Vaccination in Bombay 1863-1868 - 1863-1868
Year: 1863
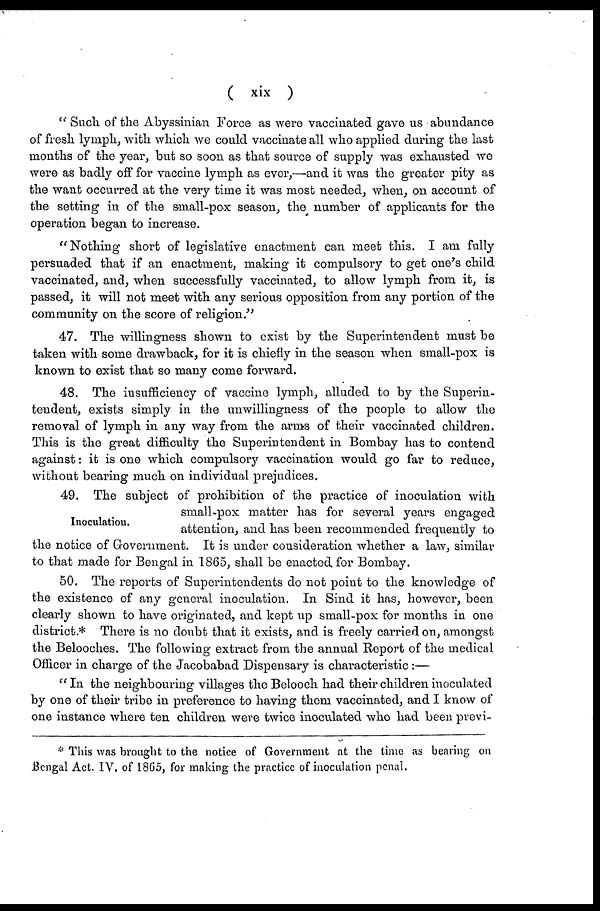
( xix )
" Such of the Abyssinian Force as were vaccinated gave us abundance
of fresh lymph, with which we could vaccinate all who applied during the last
months of the year, but so soon as that source of supply was exhausted we
were as badly off for vaccine lymph as ever,—and it was the greater pity as
the want occurred at the very time it was most needed, when, on account of
the setting in of the small-pox season, the number of applicants for the
operation began to increase.
" Nothing short of legislative enactment can meet this. I am fully
persuaded that if an enactment, making it compulsory to get one's child
vaccinated, and, when successfully vaccinated, to allow lymph from it, is
passed, it will not meet with any serious opposition from any portion of the
community on the score of religion."
47. The willingness shown to exist by the Superintendent must be
taken with some drawback, for it is chiefly in the season when small-pox is
known to exist that so many come forward.
48. The insufficiency of vaccine lymph, alluded to by the Superin-
tendent, exists simply in the unwillingness of the people to allow the
removal of lymph in any way from the arms of their vaccinated children.
This is the great difficulty the Superintendent in Bombay has to contend
against: it is one which compulsory vaccination would go far to reduce,
without bearing much on individual prejudices.
Inoculation.
49. The subject of prohibition of the practice of inoculation with
small-pox matter has for several years engaged
attention, and has been recommended frequently to
the notice of Government. It is under consideration whether a law, similar
to that made for Bengal in 1865, shall be enacted for Bombay.
50. The reports of Superintendents do not point to the knowledge of
the existence of any general inoculation. In Sind it has, however, been
clearly shown to have originated, and kept up small-pox for months in one
district.* There is no doubt that it exists, and is freely carried on, amongst
the Belooches. The following extract from the annual Report of the medical
Officer in charge of the Jacobabad Dispensary is characteristic :—
" In the neighbouring villages the Belooch had their children inoculated
by one of their tribe in preference to having them vaccinated, and I know of
one instance where ten children were twice inoculated who had been previ¬
* This was brought to the notice of Government at the time as bearing on
Bengal Act. IV. of 1865, for making the practice of inoculation penal.